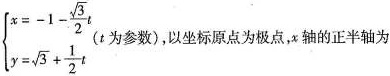
$$\left \{ \begin {array} { l } x = - 1 - \frac { \sqrt { 3 } } { 2 } \\ y = \sqrt { 3 } + \frac { 1 } { 2 } \end {array} \right .$$ (t为参数)，以坐标原点为极点，x轴的正半轴为